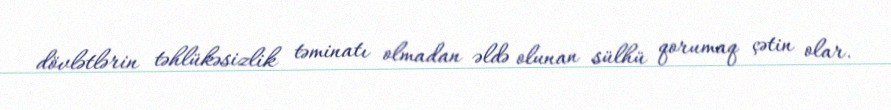
dövlətlərin təhlükəsizlik təminatı olmadan əldə olunan sülhü qorumaq çətin olar.